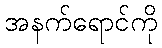
အနက်ရောင်ကို